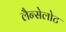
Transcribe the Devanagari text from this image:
लैन्सेलोट